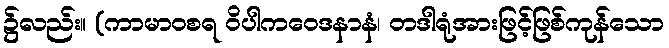
၌လည်း။ (ကာမာဝစရ ဝိပါကဝေဒနာနံ၊ တဒါရုံအားဖြင့်ဖြစ်ကုန်သော